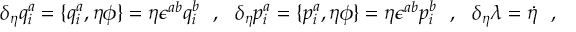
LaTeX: \delta _ { \eta } q _ { i } ^ { a } = \{ q _ { i } ^ { a } , \eta \phi \} = \eta \epsilon ^ { a b } q _ { i } ^ { b } \ \ , \ \ \delta _ { \eta } p _ { i } ^ { a } = \{ p _ { i } ^ { a } , \eta \phi \} = \eta \epsilon ^ { a b } p _ { i } ^ { b } \ \ , \ \ \delta _ { \eta } \lambda = \dot { \eta } \ \ ,